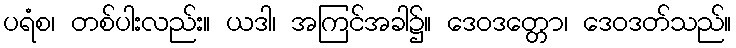
ပရံစ၊ တစ်ပါးလည်း။ ယဒါ၊ အကြင်အခါ၌။ ဒေဝဒတ္တော၊ ဒေဝဒတ်သည်။